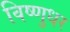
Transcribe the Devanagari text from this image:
विष्णुधर